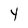
Character: Y